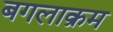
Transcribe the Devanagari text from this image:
बगलाक्रम